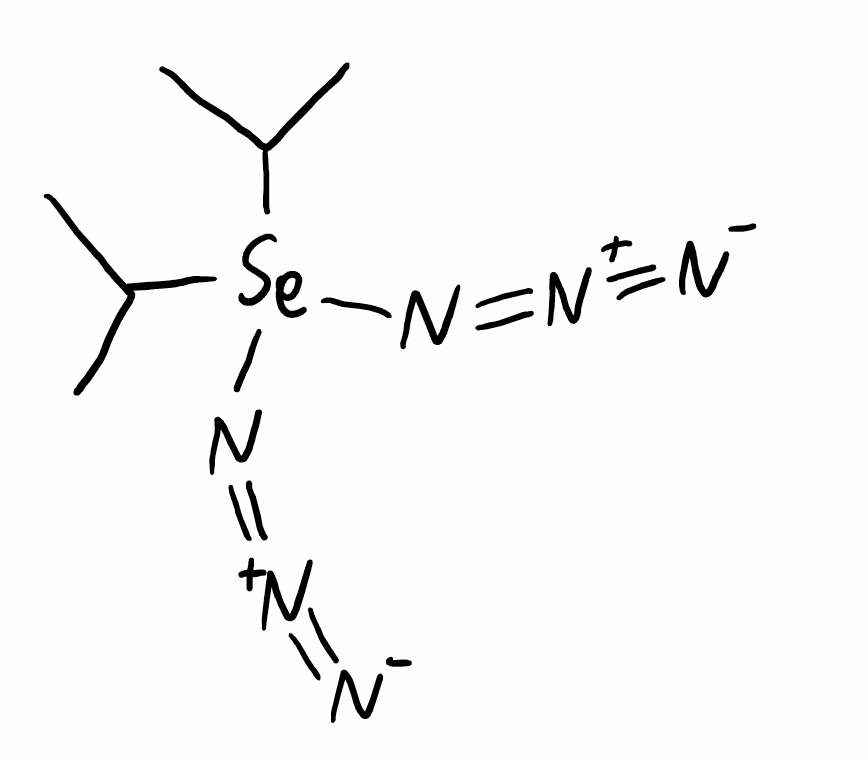
Simplified molecular-input line-entry system (SMILES) notation of the given molecule:
CC(C)[Se](C(C)C)(N=[N+]=[N-])N=[N+]=[N-]